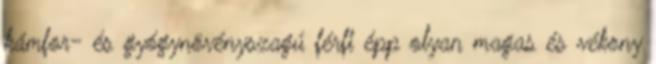
kámfor- és gyógynövényszagú férfi épp olyan magas és vékony